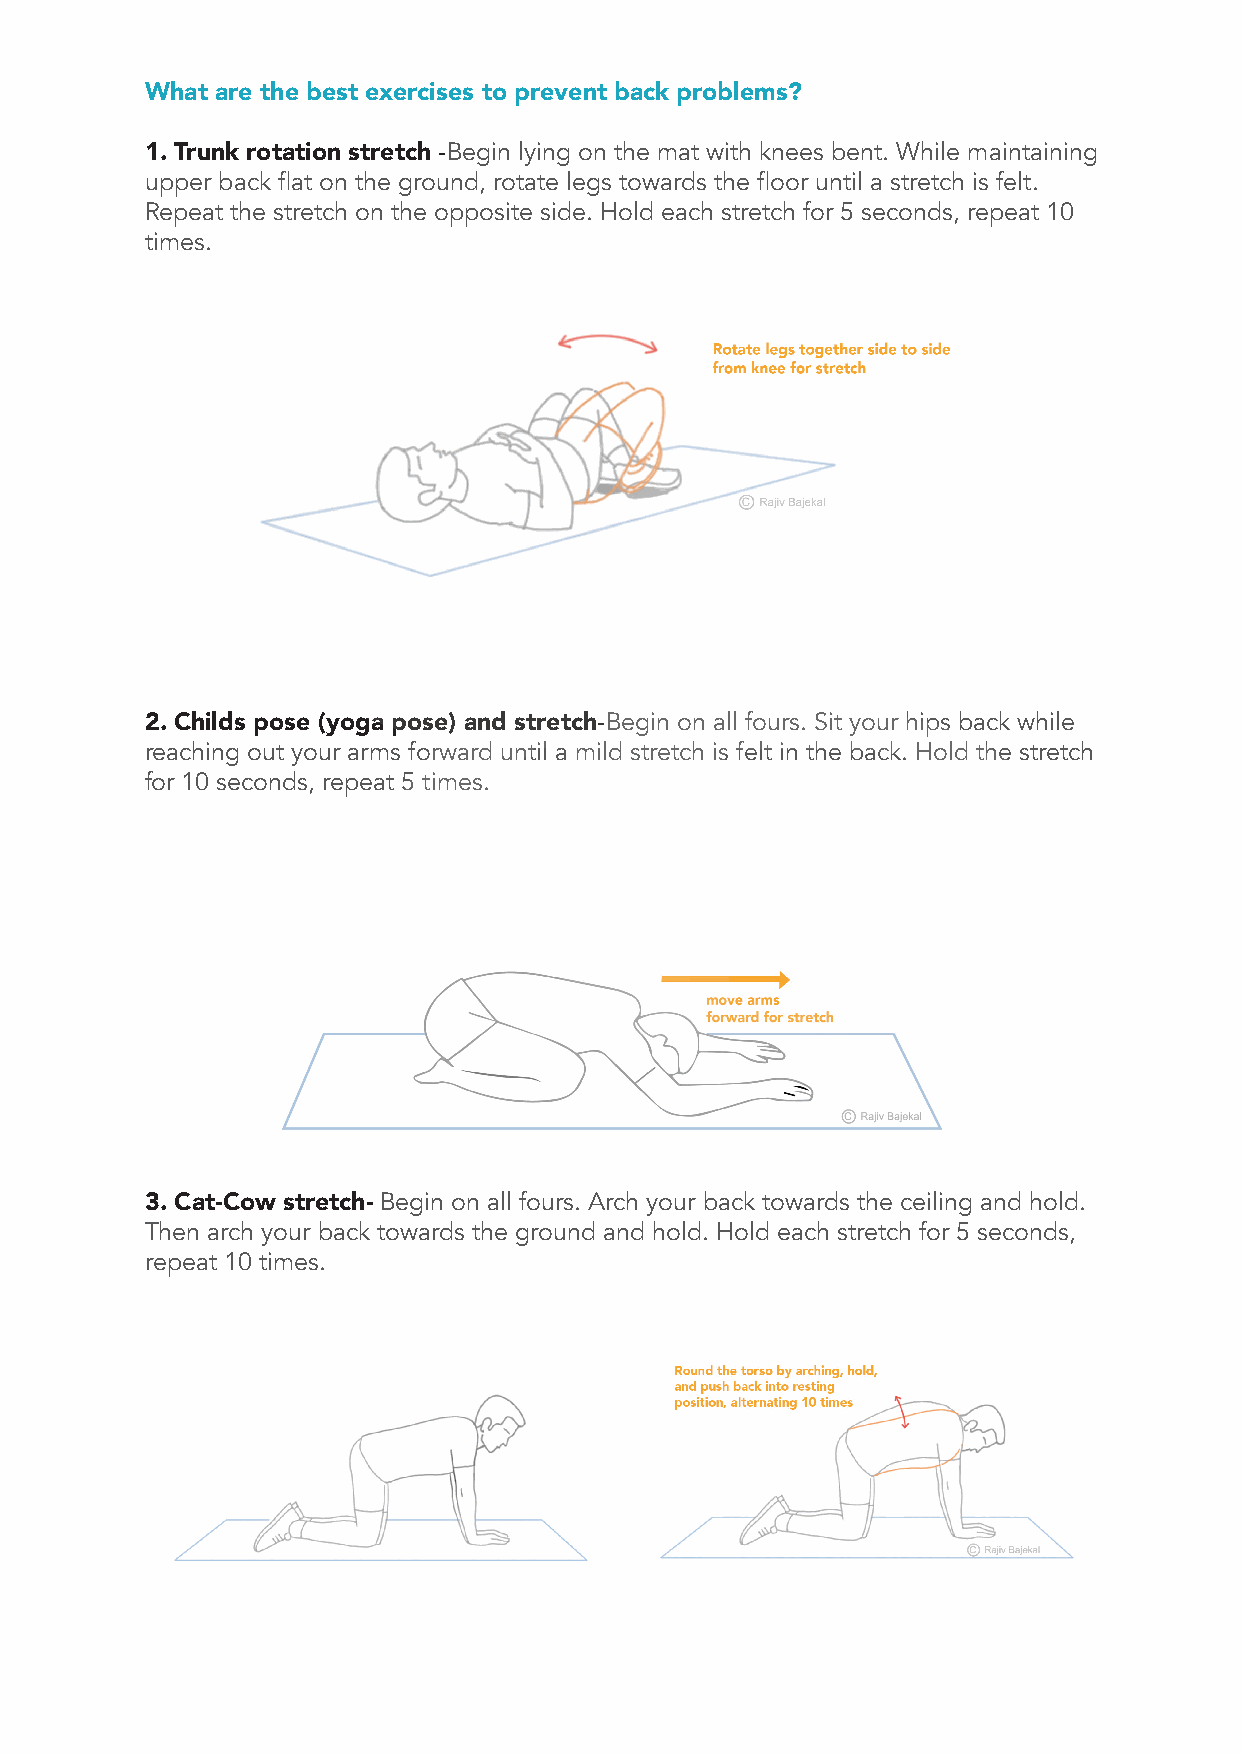
What are the best exercises to prevent back problems?
 1. Trunk rotation stretch -Begin lying on the mat with knees bent. While maintaining
 upper back flat on the ground, rotate legs towards the floor until a stretch is felt.
 Repeat the stretch on the opposite side. Hold each stretch for 5 seconds, repeat 10
 times.
 2. Childs pose (yoga pose) and stretch-Begin on all fours. Sit your hips back while
 reaching out your arms forward until a mild stretch is felt in the back. Hold the stretch
 for 10 seconds, repeat 5 times.
 3. Cat-Cow stretch- Begin on all fours. Arch your back towards the ceiling and hold.
 Then arch your back towards the ground and hold. Hold each stretch for 5 seconds,
 repeat 10 times.